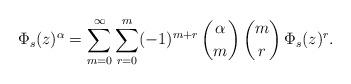
LaTeX: \begin{align*}\Phi_s(z)^\alpha=\sum_{m=0}^\infty\sum_{r=0}^m(-1)^{m+r}\,\binom{\alpha}{m}\,\binom{m}{r}\,\Phi_s(z)^r.\end{align*}